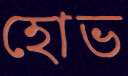
হোভ